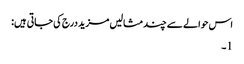
اس حوالے سے چند مثالیں مزید درج کی جاتی ہیں:
1۔